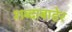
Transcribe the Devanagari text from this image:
शब्दाबाहेर